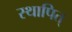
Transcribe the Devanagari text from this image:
स्थापित्